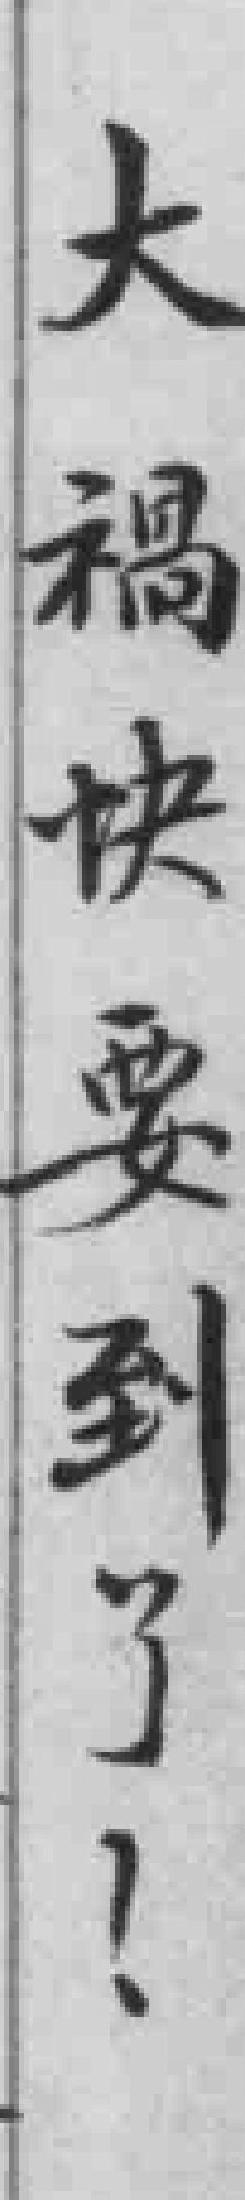
大祸快要到了！